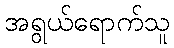
အရွယ်ရောက်သူ